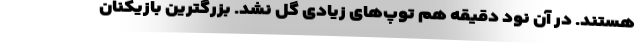
هستند. در آن نود دقیقه هم توپ‌های زیادی گل نشد. بزرگترین بازیکنان